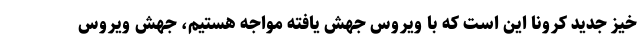
خیز جدید کرونا این است که با ویروس جهش یافته مواجه هستیم، جهش ویروس